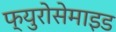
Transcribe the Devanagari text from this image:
फ्युरोसेमाइड